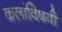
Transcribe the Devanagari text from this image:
कलांविषयी